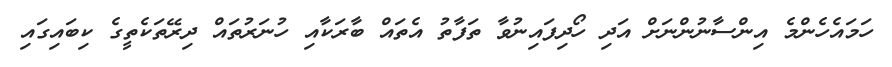
ހަމައެހެންމެ އިންސާނުންނަށް އަދި ހޯދިފައިނުވާ ތަފާތު އެތައް ބާރަކާއި ހުނަރުތައް ދިރޭތަކެތީގެ ކިބައިގައި